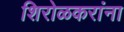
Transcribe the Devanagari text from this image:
शिरोळकरांना